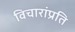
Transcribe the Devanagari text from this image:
विचारांप्रति